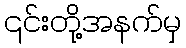
၎င်းတို့အနက်မှ